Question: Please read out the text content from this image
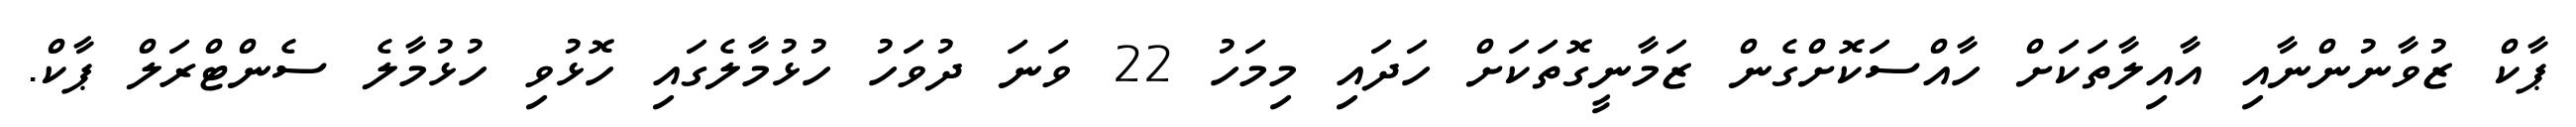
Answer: ޕާކް ޒުވާނުންނާއި އާއިލާތަކަށް ހާއްސަކޮށްގެން ޒަމާނީގޮތަކަށް ހަދައި މިމަހު 22 ވަނަ ދުވަހު ހުޅުމާލެގައި ހޮޅުވި ހުޅުމާލެ ސެންޓްރަލް ޕާކް.